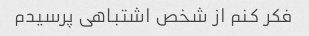
فکر کنم از شخص اشتباهی پرسیدم